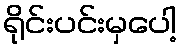
ရိုင်းပင်းမှပေါ့